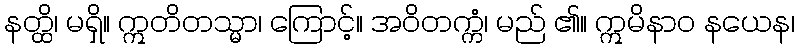
နတ္ထိ၊ မရှိ။ ဣတိတသ္မာ၊ ကြောင့်။ အဝိတက္ကံ၊ မည် ၏။ ဣမိနာဝ နယေန၊